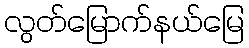
လွတ်မြောက်နယ်မြေ